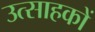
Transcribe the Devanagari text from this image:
उत्साहकों